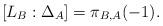
LaTeX: \begin{align*}[L_B:\Delta_A]=\pi_{B,A}(-1). \end{align*}